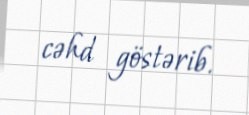
cəhd göstərib.